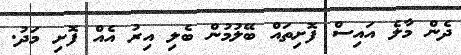
ދެން މާލެ އައިސް ފޮށިތައް ބޭލުމުން ބެލި އިރު އެއް ފޮށި މަދު.